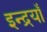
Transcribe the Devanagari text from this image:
इन्द्रयाँ